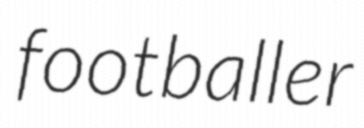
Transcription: footballer